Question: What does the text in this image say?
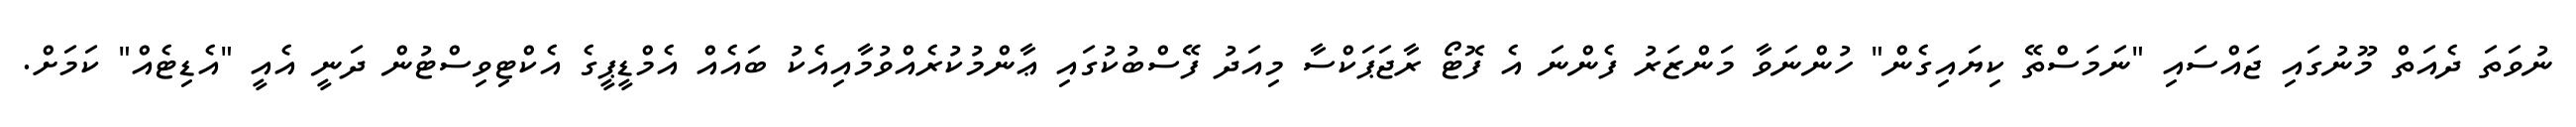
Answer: ނުވަތަ ދެއަތް މޫނުގައި ޖައްސައި "ނަމަސްތޭ ކިޔައިގެން" ހުންނަވާ މަންޒަރު ފެންނަ އެ ފޮޓޯ ރާޖަޕަކްސާ މިއަދު ފޭސްބުކުގައި ޢާންމުކުރެއްވުމާއިއެކު ބައެއް އެމްޑީޕީގެ އެކްޓިވިސްޓުން ދަނީ އެއީ "އެޑިޓެއް" ކަމަށް.